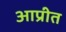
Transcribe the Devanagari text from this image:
आप्रीत